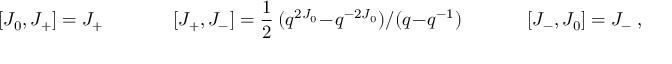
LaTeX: [ J _ { 0 } , J _ { + } ] = J _ { + } ~ ~ ~ ~ ~ ~ ~ ~ ~ ~ ~ ~ ~ ~ ~ [ J _ { + } , J _ { - } ] = { \frac { 1 } { 2 } } ~ ( q ^ { 2 J _ { 0 } } - q ^ { - 2 J _ { 0 } } ) / ( q - q ^ { - 1 } ) ~ ~ ~ ~ ~ ~ ~ ~ ~ ~ ~ ~ ~ ~ [ J _ { - } , J _ { 0 } ] = J _ { - } ~ ,